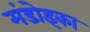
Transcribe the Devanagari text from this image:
मंडोइका